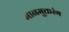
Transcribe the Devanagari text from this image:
मानमुक्तरंग